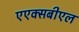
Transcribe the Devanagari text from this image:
एएक्सबीएल